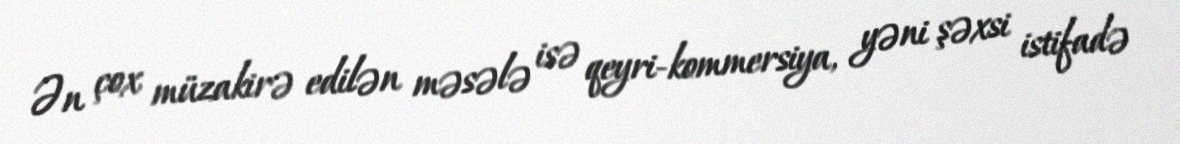
Ən çox müzakirə edilən məsələ isə qeyri-kommersiya, yəni şəxsi istifadə